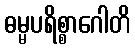
ဓမ္မပရိစ္စာဂေါတိ